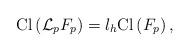
\begin{align*}{\rm Cl} \left( {\cal L}_p F_p \right) = l_h {\rm Cl}\left( F_p \right) ,\end{align*}